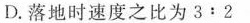
D.落地时速度之比为3﹔2